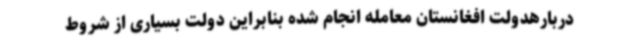
دربارهدولت افغانستان معامله انجام شده بنابراین دولت بسیاری از شروط